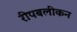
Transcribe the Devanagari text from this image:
रीपबलीकन